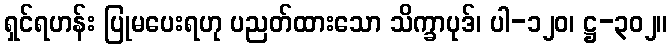
ရှင်ရဟန်း ပြုမပေးရဟု ပညတ်ထားသော သိက္ခာပုဒ်၊ ပါ-၁၂၀၊ ဋ္ဌ-၃၀၂။